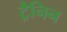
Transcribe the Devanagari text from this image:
ट्रैनिन